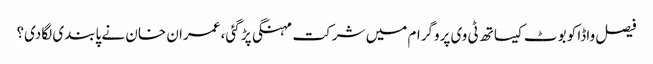
فیصل واڈا کو بوٹ کیساتھ ٹی وی پروگرام میں شرکت مہنگی پڑ گئی، عمران خان نے پابندی لگادی؟